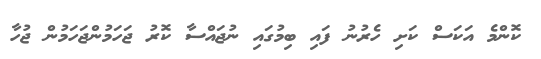
ކޮންމެ އަކަސް ކަށި ހެރުނު ފައި ބިމުގައި ނުޖައްސާ ކޮރު ޖަހަމުންޖަހަމުން ޖުހާ